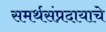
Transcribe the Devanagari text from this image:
समर्थसंप्रदायाचे